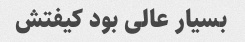
بسیار عالی بود کیفتش